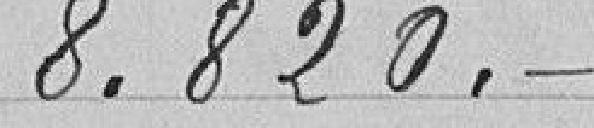
8.820.